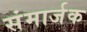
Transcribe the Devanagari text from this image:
संमार्जक